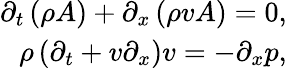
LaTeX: \begin{array}{r}{\partial_{t}\left(\rho A\right)+\partial_{x}\left(\rho vA\right)=0,}\\ {\rho\left(\partial_{t}+v\partial_{x}\right)v=-\partial_{x}p,}\end{array}